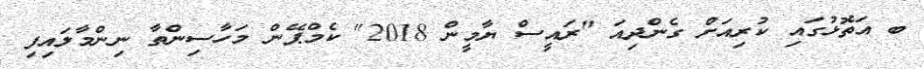
ބ އަތޮޅުގައި ކުރިއަށް ގެންދިއަ "ރައީސް ޔާމީން 2018" ކެމްޕޭން މަހާސިންތާ ނިންމާލައިފި